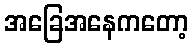
အခြေအနေကတော့